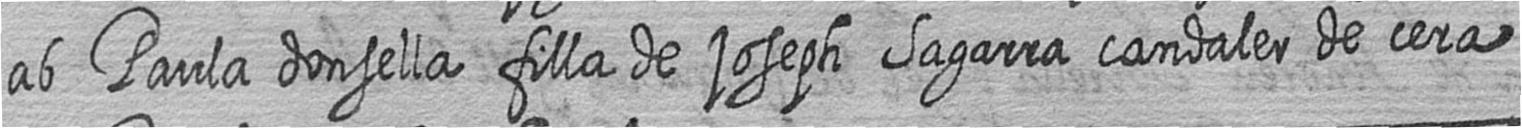
ab Paula donsella filla de joseph Sagarra candaler de cera